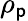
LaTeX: \rho_{\mathsf{p}}